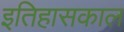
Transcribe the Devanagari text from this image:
इतिहासकाल